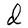
Character: d